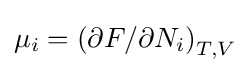
\mu _{i}=\left(\partial F/\partial N_{i}\right)_{T,V}